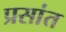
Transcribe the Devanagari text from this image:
प्रसांत